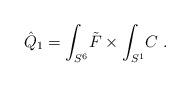
LaTeX: \begin{align*}\hat Q_1 =\int_{S^6}\! \tilde F\times \int_{S^1}\! C\ .\end{align*}